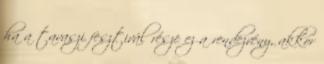
ha a tavaszi fesztivál része ez a rendezvény, akkor